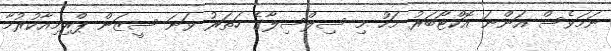
ނަމަވެސް އަންނަ އޮކްޓޯބަރު މަހު މި ސިލްސިލާގެ ހަތަރު ވަނަ ސީޒަން ޕްރިމިއާކުރުމާ